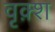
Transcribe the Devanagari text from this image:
वृक़्श